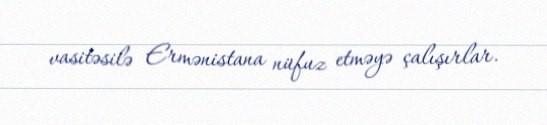
vasitəsilə Ermənistana nüfuz etməyə çalışırlar.